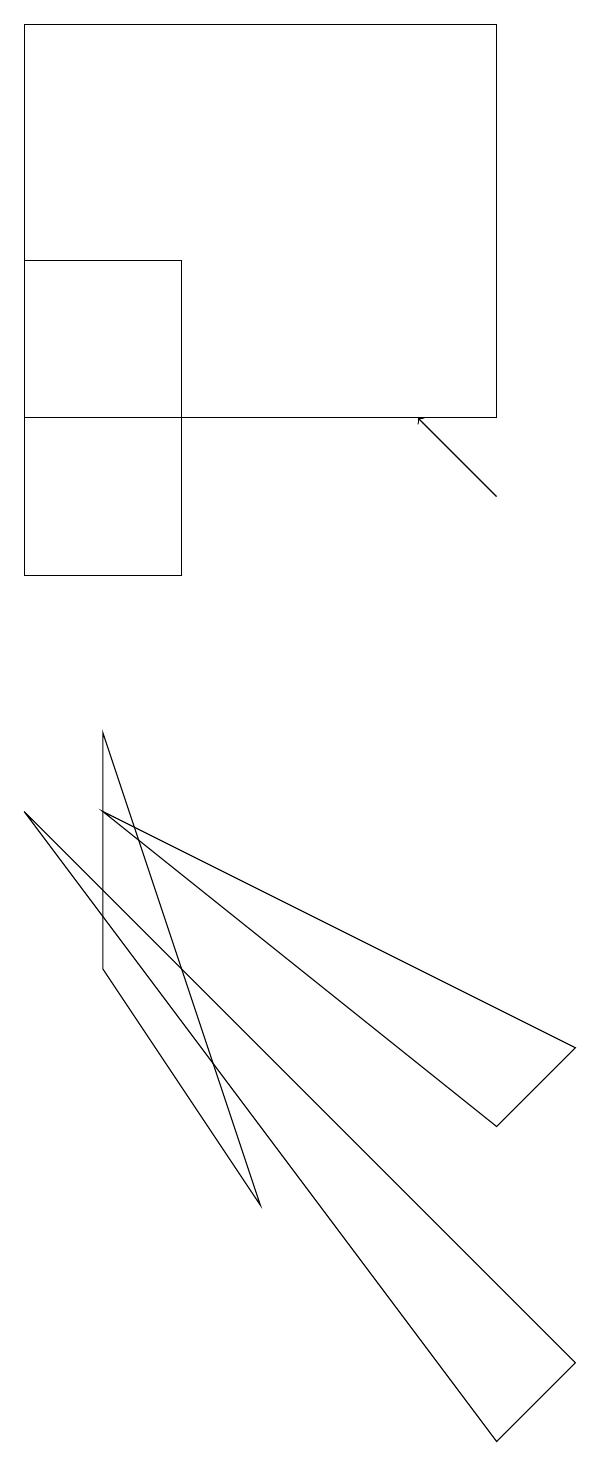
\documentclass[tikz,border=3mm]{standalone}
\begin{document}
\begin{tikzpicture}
\draw (0,18) rectangle (6,13);
\draw (0,8) -- (7,1) -- (6,0) -- cycle;
\draw (1,9) -- (3,3) -- (1,6) -- cycle;
\draw (2,11) rectangle (0,15);
\draw (7,5) -- (1,8) -- (6,4) -- cycle;
\draw[->] (6,12) -- (5,13);
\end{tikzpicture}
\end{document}